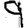
Digit: 9